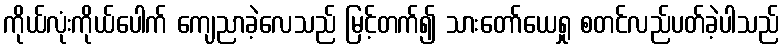
ကိုယ်လုံးကိုယ်ပေါက် ကျေညာခဲ့လေသည် မြင့်တက်၍ သားတော်ယေရှု စတင်လည်ပတ်ခဲ့ပါသည်